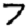
Digit: 7